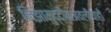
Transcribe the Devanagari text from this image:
निझामुद्दीनअवलीयाही